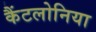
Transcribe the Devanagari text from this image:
कैंटलोनिया